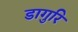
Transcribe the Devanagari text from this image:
डागुरि